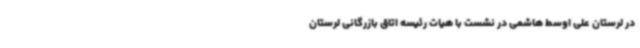
در لرستان علی اوسط هاشمی در نشست با هیات رئیسه اتاق بازرگانی لرستان